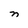
Character: n